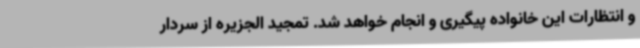
و انتظارات این خانواده پیگیری و انجام خواهد شد. تمجید الجزیره از سردار